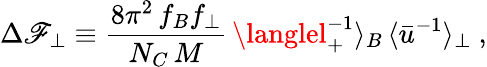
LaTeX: \Delta\mathscr{F}_{\perp}\equiv\frac{{8\pi^{2}\, f_{B}f_{\perp}}}{{N_{C}\, M}}\, \langlel_{+}^{-1}\rangle_{B}\, \langle\bar{{u}}^{-1}\rangle_{\perp}\ ,